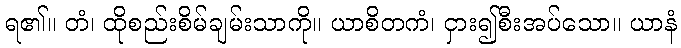
ရ၏။ တံ၊ ထိုစည်းစိမ်ချမ်းသာကို။ ယာစိတကံ၊ ငှား၍စီးအပ်သော။ ယာနံ